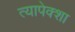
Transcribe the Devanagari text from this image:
त्यापेक्शा